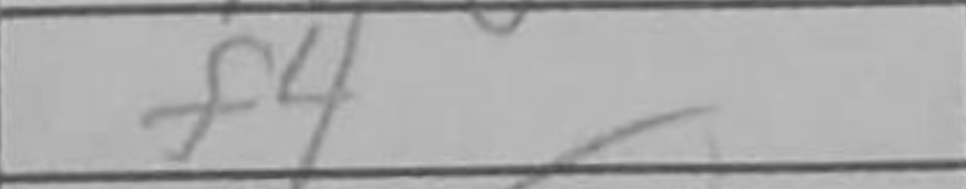
Transcription: f4